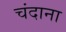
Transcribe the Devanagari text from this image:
चंदाना